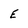
Character: E